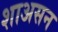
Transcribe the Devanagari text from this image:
शाअसन